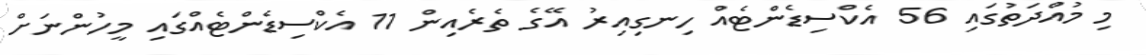
މި މުއްދަތުގައި 56 އެކްސިޑެންޓެއް ހިނގިއިރު އޭގެ ތެރެއިން 11 އެކްސިޑެންޓެއްގައި މީހުންނަށް